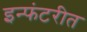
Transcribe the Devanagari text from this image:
इन्फंटरीत